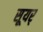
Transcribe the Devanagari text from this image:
सूयर्